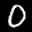
Label: 0